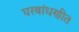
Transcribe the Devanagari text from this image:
घरबांधणीत